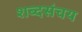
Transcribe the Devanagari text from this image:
शब्दसंचय